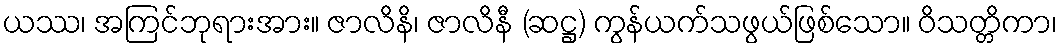
ယဿ၊ အကြင်ဘုရားအား။ ဇာလိနိ၊ ဇာလိနီ (ဆဋ္ဌ) ကွန်ယက်သဖွယ်ဖြစ်သော။ ဝိသတ္တိကာ၊